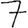
Digit: 7